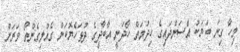
މިހާ ގިނަ ބަޔަކު އާސަންދައިގެ ހިދުމަތް ހޯދަނީ އާބާދީގެ ދުޅަހެޔޮކަން ގެއްލިގެންތޯ ވަރަށް